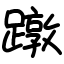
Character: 蹾